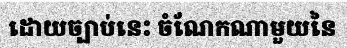
ដោយច្បាប់នេះ ចំណែកណាមួយនៃ